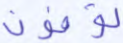
توفون